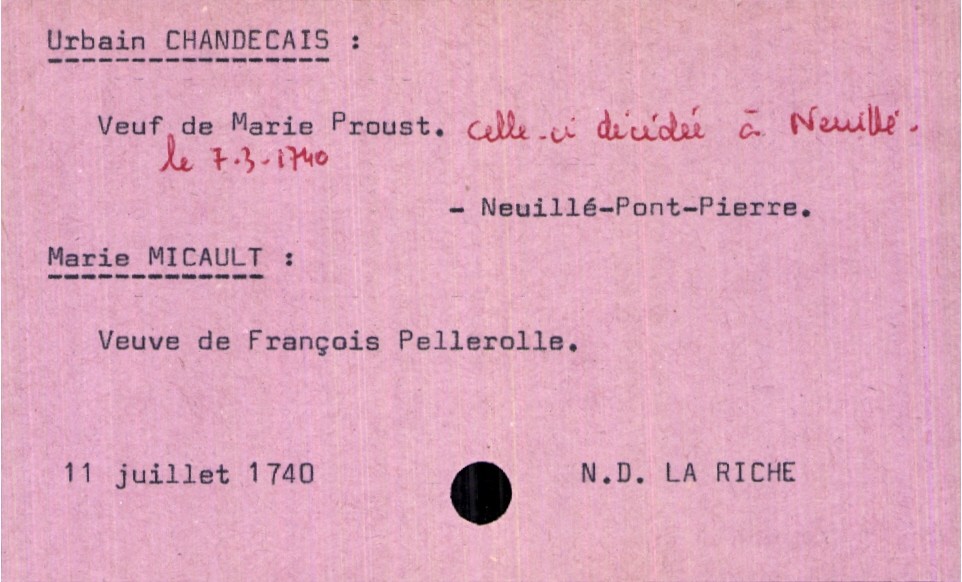
type_acte: Mariage
année: 1740
mois: juillet
jour: 11
paroisse: Notre Dame La Riche
marié_nom: Chandecais
marié_prénom: Urbain
marié_lieu_de_naissance: Neuillé-Pont-Pierre
marié_statut: veuf
mariée_nom: Micault
mariée_prénom: Marie
mariée_statut: veuve